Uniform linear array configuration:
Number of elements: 48
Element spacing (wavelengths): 0.5
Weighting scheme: hann
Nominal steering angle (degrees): -60
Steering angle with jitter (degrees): -58.264
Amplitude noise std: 0.05
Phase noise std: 0.05

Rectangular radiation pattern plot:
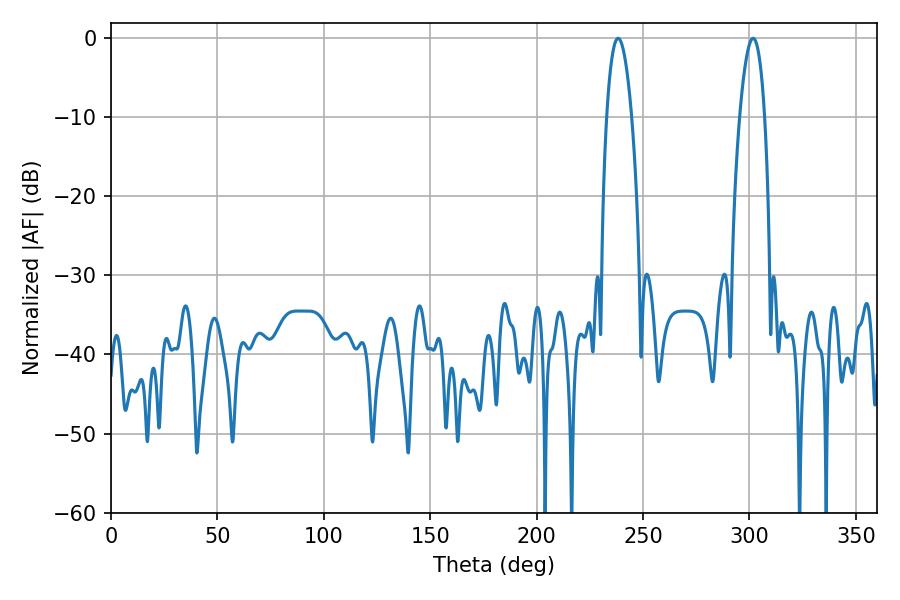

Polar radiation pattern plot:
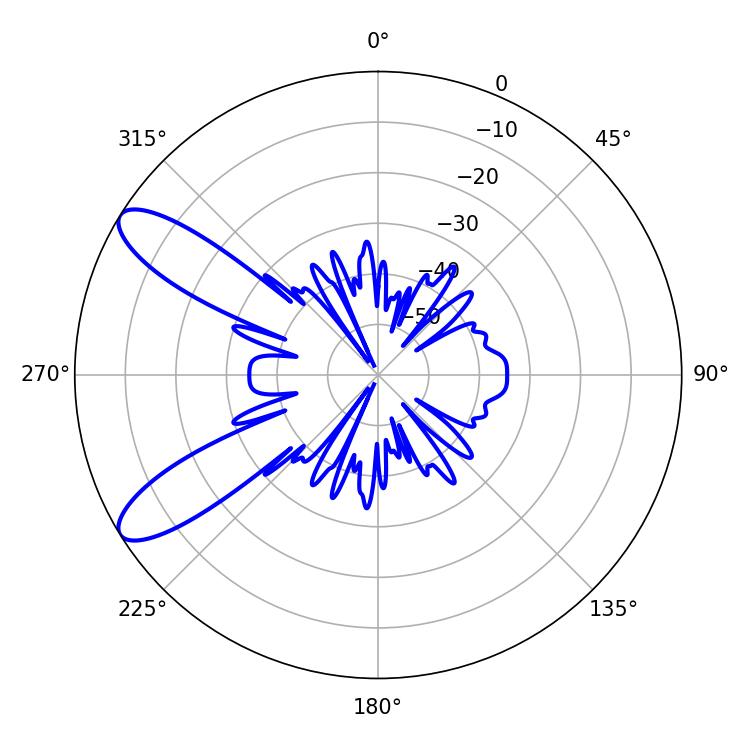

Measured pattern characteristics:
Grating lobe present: FALSE
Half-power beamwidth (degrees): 6.48
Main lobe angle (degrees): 301.68